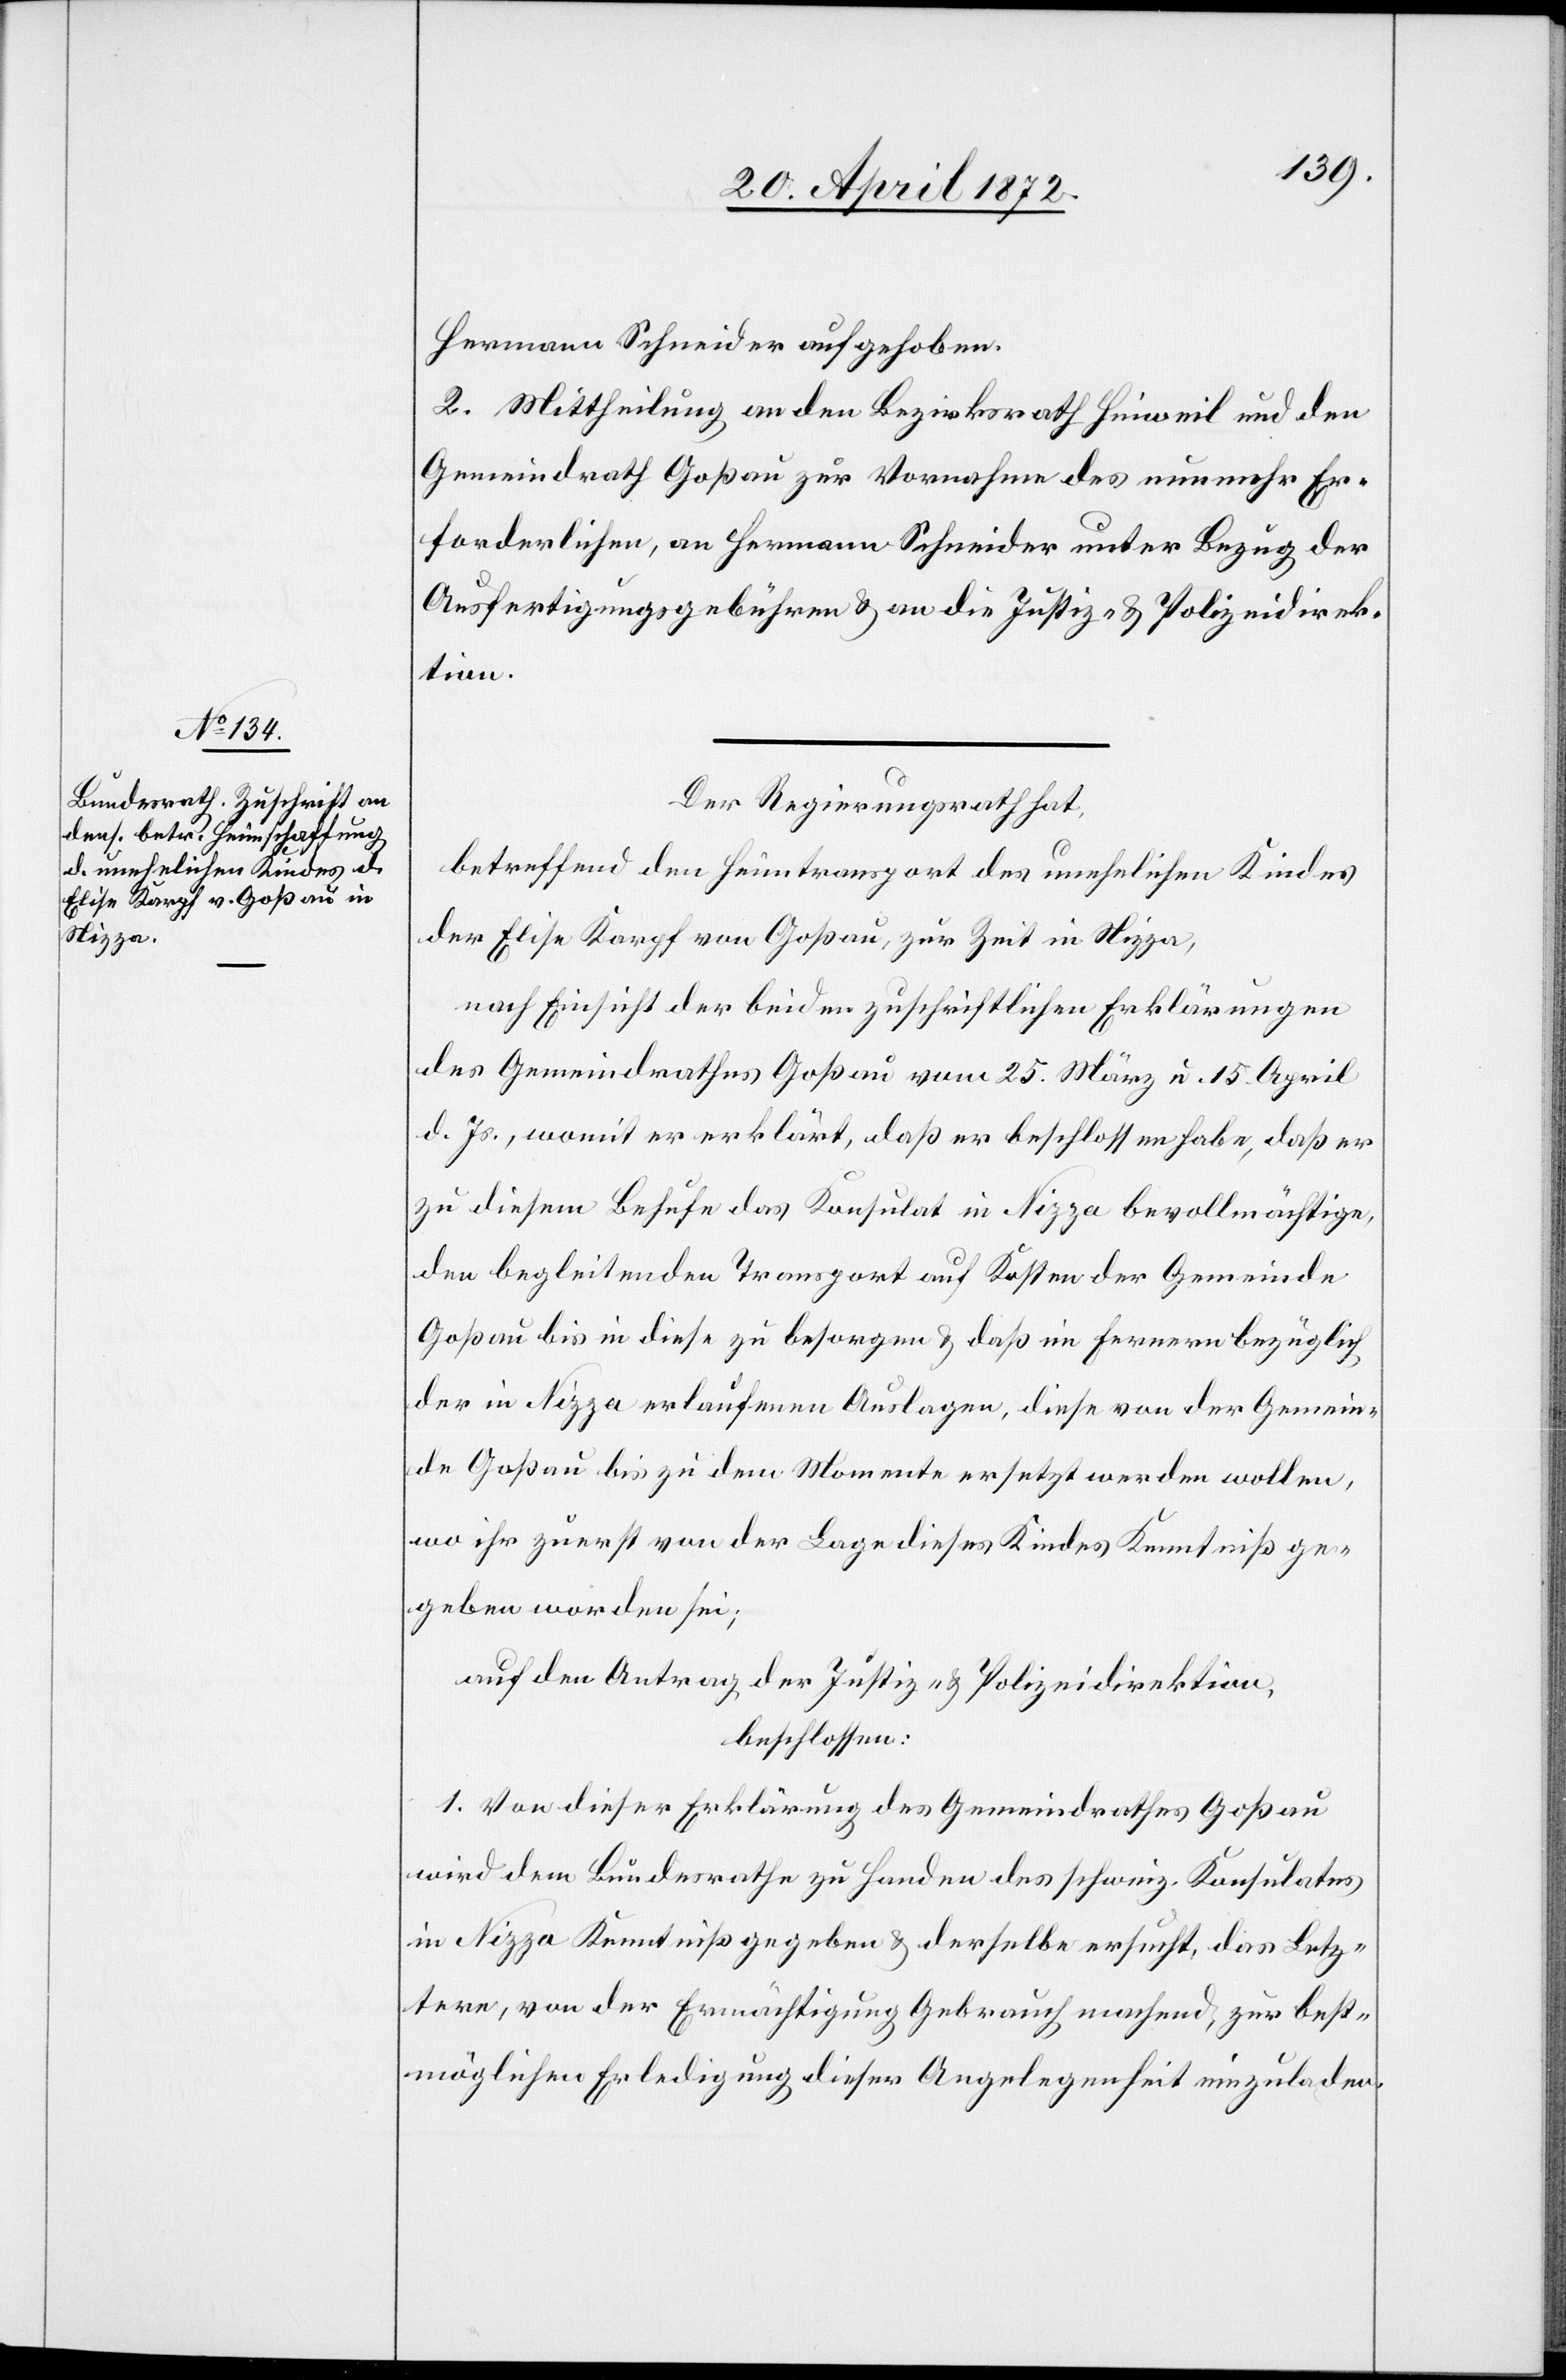
Hermann Schneider aufgehoben.
2. Mittheilung an den Bezirksrath Hinweil und den
Gemeindrath Goßau zur Vornahme des nunmehr Er¬
forderlichen, an Hermann Schneider unter Bezug der
Ausfertigungsgebühren u. an die Justiz- u. Polizeidirek¬
tion.
Der Regierungsrath hat,
betreffend den Heimtransport des unehelichen Kindes
der Elisa Karpf von Goßau, zur Zeit in Nizza,
nach Einsicht der beiden zuschriftlichen Erklärungen
des Gemeindrathes Goßau vom 25. März u. 15. April
d. Js., womit er erklärt, daß er beschlossen habe, daß er
zu diesem Behufe das Konsulat in Nizza bevollmächtige,
den begleitenden Transport auf Kosten der Gemeinde
Goßau bis in diese zu besorgen u. daß im Fernern bezüglich
der in Nizza erlaufenen Auslagen, diese von der Gemein¬
de Goßau bis zu dem Momente ersetzt werden wollen,
wo ihr zuerst von der Lage dieses Kindes Kenntniß ge¬
geben worden sei;
auf den Antrag der Justiz- u. Polizeidirektion,
beschlossen:
1. Von dieser Erklärung des Gemeindrathes Goßau
wird dem Bundesrathe zu Handen des schweiz. Konsulates
in Nizza Kenntniß gegeben u. derselbe ersucht, das Letz¬
tere, von der Ermächtigung Gebrauch machend, zur best¬
möglichen Erledigung dieser Angelegenheit einzuladen.